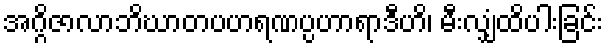
အဂ္ဂိဇာလာဘိဃာတပဟရဏပ္ပဟာရာဒီဟိ၊ မီးလျှံထိပါးခြင်း